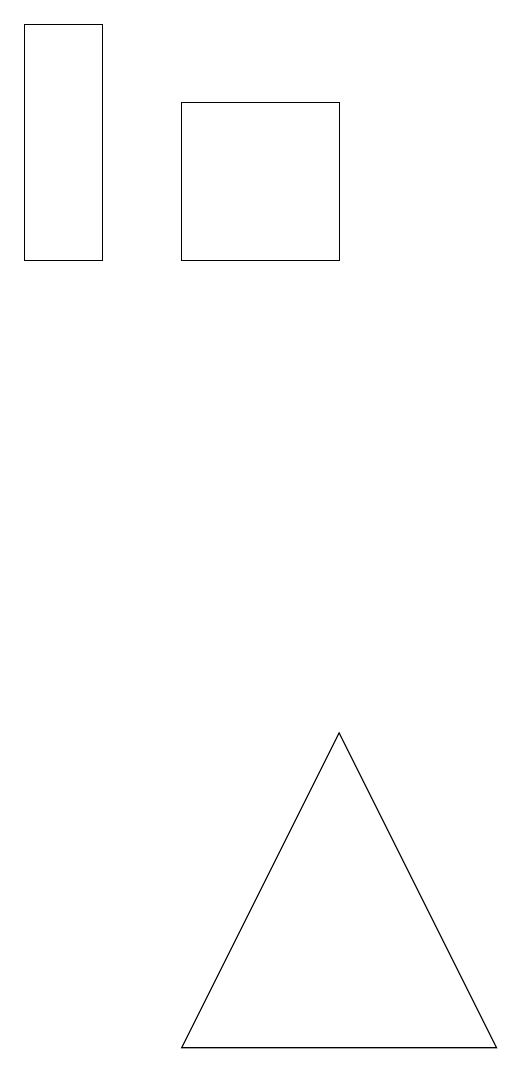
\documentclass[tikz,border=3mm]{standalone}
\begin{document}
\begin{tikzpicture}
\draw (2,17) rectangle (4,15);
\draw (4,9) -- (6,5) -- (2,5) -- cycle;
\draw (1,18) rectangle (0,15);
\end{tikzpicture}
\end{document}